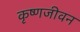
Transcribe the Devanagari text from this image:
कृष्णजीवन